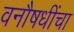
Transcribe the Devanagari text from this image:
वनौषधींचा